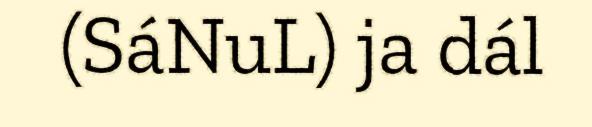
(SáNuL) ja dál